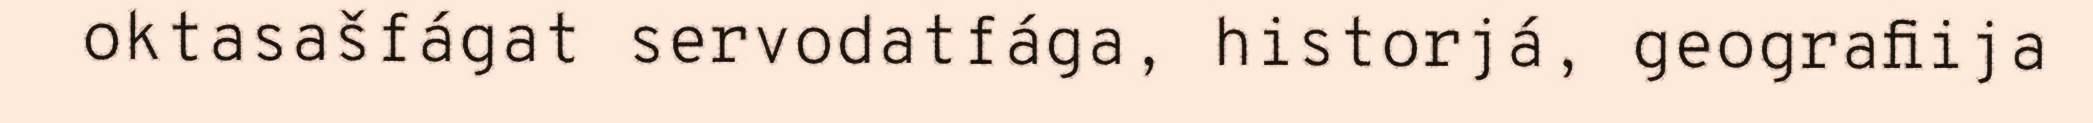
oktasašfágat servodatfága, historjá, geografiija